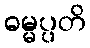
ဓမ္မပ္ပတိ